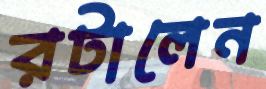
রটালেন